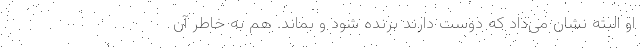
او البته نشان می‌داد که دوست دارند برنده شود و بماند. هم به خاطر آن